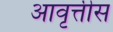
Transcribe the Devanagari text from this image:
आवृत्तीस